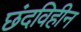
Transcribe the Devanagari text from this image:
छंदविहीन